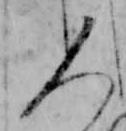
人